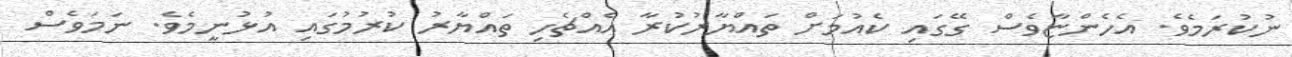
ނުކުރަމެވެ. އެހެންޏާވެސް ގޭގައި ކެއުމަށް ތައްޔާރުކުރާ އެއްޗެހި ތައްޔާރު ކުރުމުގައި އުޅުނީމެވެ. ނަމަވެސް